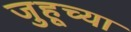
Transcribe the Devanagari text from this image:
जुहूच्या